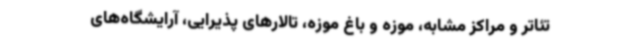
تئاتر و مراکز مشابه، موزه و باغ موزه، تالارهای پذیرایی، آرایشگاه‌های